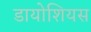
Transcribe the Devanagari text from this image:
डायोशियस